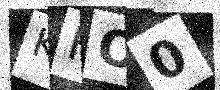
Text: KHO0